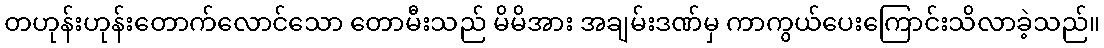
တဟုန်းဟုန်းတောက်လောင်သော တောမီးသည် မိမိအား အချမ်းဒဏ်မှ ကာကွယ်ပေးကြောင်းသိလာခဲ့သည်။